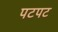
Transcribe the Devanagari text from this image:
पटपट